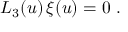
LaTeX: L _ { 3 } ( u ) \, \xi ( u ) = 0 \ .